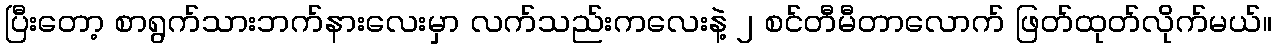
ပြီးတော့ စာရွက်သားဘက်နားလေးမှာ လက်သည်းကလေးနဲ့ ၂ စင်တီမီတာလောက် ဖြတ်ထုတ်လိုက်မယ်။